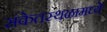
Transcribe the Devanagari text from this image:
संकेतस्थळामध्ये